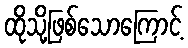
ထိုသို့ဖြစ်သောကြောင့်